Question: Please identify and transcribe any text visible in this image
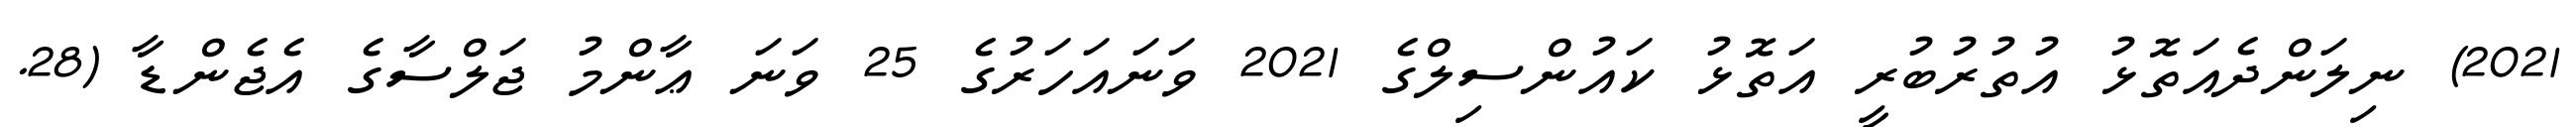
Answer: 2021) ނިލަންދެއަތޮޅު އުތުރުބުރީ އަތޮޅު ކައުންސިލްގެ 2021 ވަނައަހަރުގެ 25 ވަނަ ޢާންމު ޖަލްސާގެ އެޖެންޑާ (28.